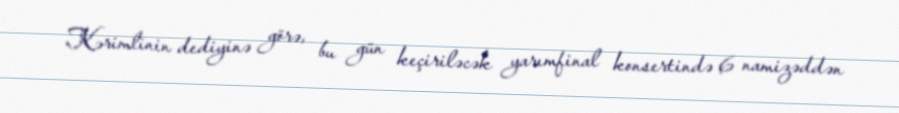
Kərimlinin dediyinə görə, bu gün keçiriləcək yarımfinal konsertində 6 namizəddən